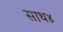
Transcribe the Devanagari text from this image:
साथ४